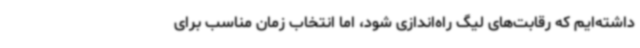
داشته‌ایم که رقابت‌های لیگ راه‌اندازی شود، اما انتخاب زمان مناسب برای